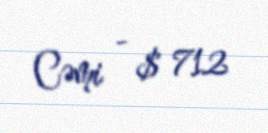
Cəmi - $ 712